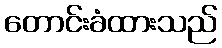
တောင်းခံထားသည်